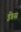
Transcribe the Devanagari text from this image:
ईंडस